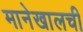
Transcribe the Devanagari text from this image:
मानेखालची